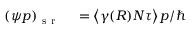
\begin{array} { r l } { ( \psi p ) _ { \mathrm { ~ s ~ r ~ } } } & { { } = \left\langle \gamma ( R ) N \tau \right\rangle p / \hbar } \end{array}